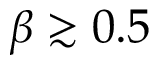
\beta \gtrsim 0 . 5